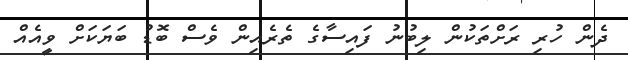
ދެން ހުރި ރަށްތަކުން ލިބުނު ފައިސާގެ ތެރެއިން ވެސް ބޮޑު ބަޔަކަށް ވީއެއް